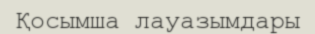
Қосымша лауазымдары